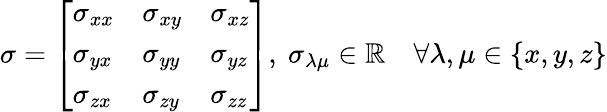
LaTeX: \sigma=\left[\begin{array}{lll}{\sigma_{xx}}&{\sigma_{xy}}&{\sigma_{xz}}\\ {\sigma_{yx}}&{\sigma_{yy}}&{\sigma_{yz}}\\ {\sigma_{zx}}&{\sigma_{zy}}&{\sigma_{zz}}\end{array}\right],\ \sigma_{\lambda\mu}\in\mathbb{R}\quad\forall\lambda,\mu\in\{ x,y,z\}